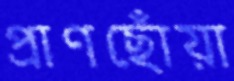
প্রাণছোঁয়া